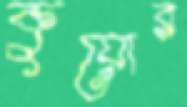
কুয়োর